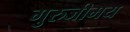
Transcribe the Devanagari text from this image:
गुरुजीमय